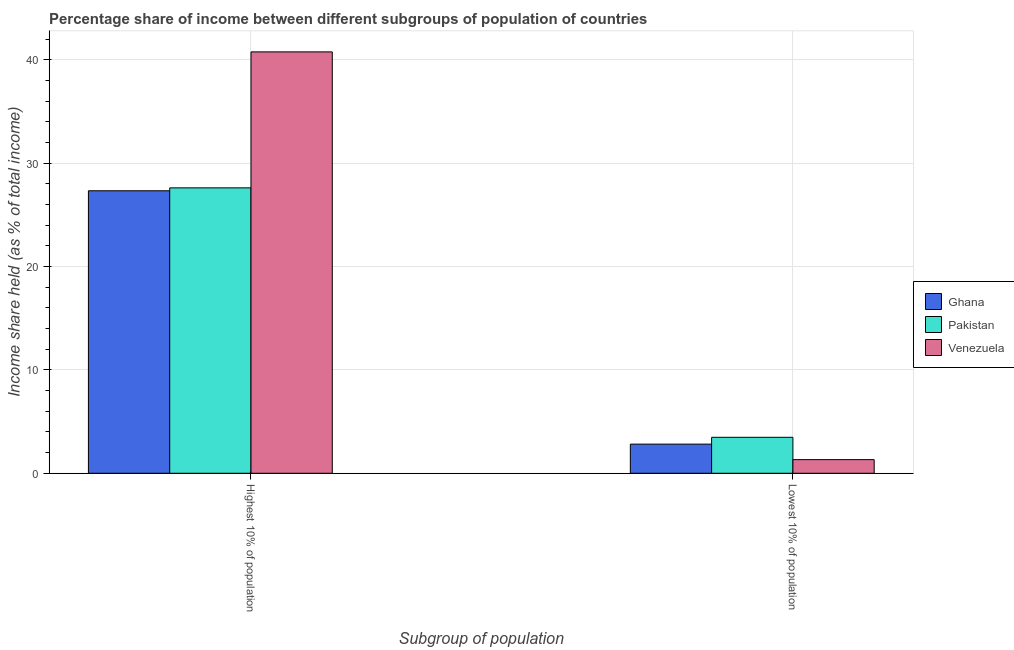
| Subgroup of population | Ghana | Pakistan | Venezuela |
 | --- | --- | --- | --- |
 | Highest 10% of population | 27.3 | 27.6 | 40.8 |
 | Lowest 10% of population | 2.82 | 3.48 | 1.32 |